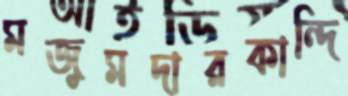
মজুমদারকান্দি